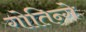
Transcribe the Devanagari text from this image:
गोतिन्गे